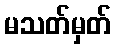
မသတ်မှတ်